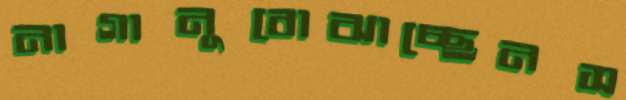
নাগানুবোঝাচ্ছেনস